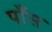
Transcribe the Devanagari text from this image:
पाँस